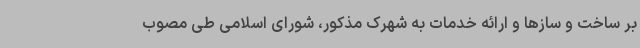
بر ساخت و سازها و ارائه خدمات به شهرک مذکور، شورای اسلامی طی مصوب